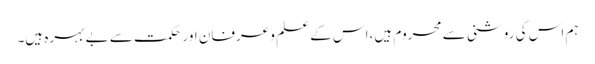
ہم اس کی روشنی سے محروم ہیں ،اس کے علم و عرفان اور حکمت سے بے بہرہ ہیں۔